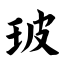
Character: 玻